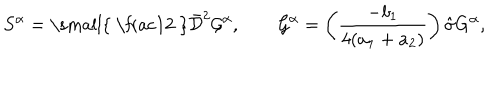
S ^ { \alpha } = { \mathrm { \small { ~ \frac 1 2 ~ } } } \bar { \cal D } ^ { 2 } { \cal G } ^ { \alpha } , \quad \quad { \cal G } ^ { \alpha } = \left( \frac { - b _ { 1 } } { 4 ( a _ { 1 } + a _ { 2 } ) } \right) \hat { \sigma } G ^ { \alpha } ,